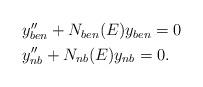
LaTeX: \begin{align*} \begin{aligned} & y''_{ben} +N_{ben}(E)y_{ben}=0 \\ & y''_{nb} +N_{nb}(E)y_{nb}=0.\end{aligned}\end{align*}